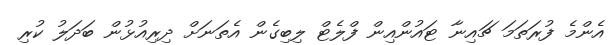
އެންމެ ފުރަތަމަ ޗައިނާ ޓައުންއިން ފްލެޓް ލިބިގެން އެތަނަށް ދިރިއުޅުން ބަދަލު ކުރި